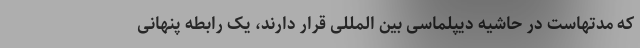
که مدتهاست در حاشیه دیپلماسی بین المللی قرار دارند، یک رابطه پنهانی